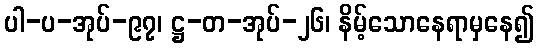
ပါ-ပ-အုပ်-၉၇၊ ဋ္ဌ-တ-အုပ်-၂၆၊ နိမ့်သောနေရာမှနေ၍